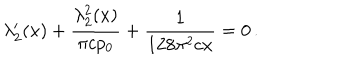
LaTeX: \lambda _ { 2 } ^ { \prime } ( x ) + \frac { \lambda _ { 2 } ^ { 2 } ( x ) } { \pi c p _ { 0 } } + \frac { 1 } { 1 2 8 \pi ^ { 2 } c x } = 0 \, .